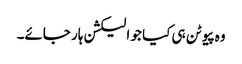
وہ پیوٹن ہی کیا جو الیکشن ہار جائے۔